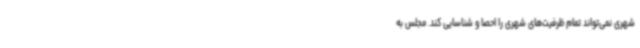
شهری نمی‌تواند تمام ظرفیت‌های شهری را احصا و شناسایی کند. مجلس به